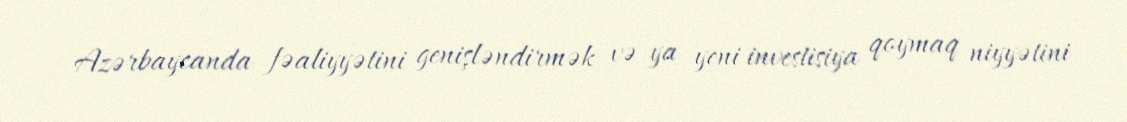
Azərbaycanda fəaliyyətini genişləndirmək və ya yeni investisiya qoymaq niyyətini